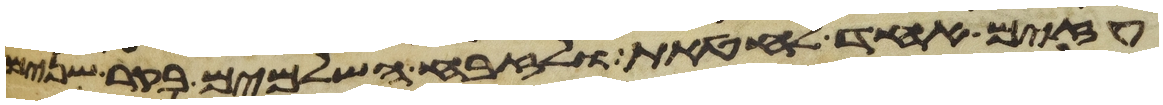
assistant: עזים אחד לחטאת ולזבח השלמים בקר שנים